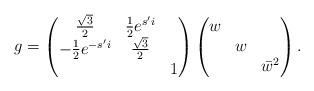
\begin{align*}g = \begin{pmatrix}\frac{\sqrt{3}}{2} & \frac{1}{2} e^{s'i} &\\-\frac{1}{2} e^{-s'i} & \frac{\sqrt{3}}{2}&\\&& 1\end{pmatrix}\begin{pmatrix}w &&\\&w&\\&&\bar{w}^2\end{pmatrix}.\end{align*}